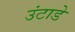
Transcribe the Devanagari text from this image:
उंटाडे